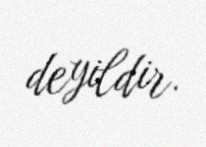
deyildir.